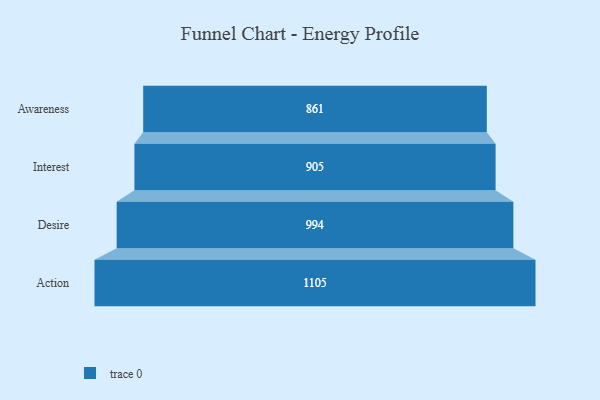
{"axis": {"x": "Stage", "y": "Value"}, "legend": [""], "data": [{"x": "Awareness", "y": 861.0, "type": ""}, {"x": "Interest", "y": 905.0, "type": ""}, {"x": "Desire", "y": 994.0, "type": ""}, {"x": "Action", "y": 1105.0, "type": ""}]}